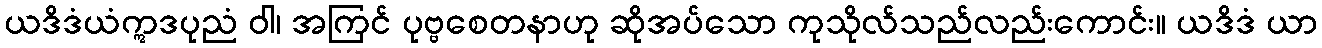
ယဒိဒံယံဣဒပုညံ ဝါ၊ အကြင် ပုဗ္ဗစေတနာဟု ဆိုအပ်သော ကုသိုလ်သည်လည်းကောင်း။ ယဒိဒံ ယာ